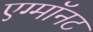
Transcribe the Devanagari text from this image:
एग्माॅनट